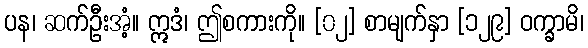
ပန၊ ဆက်ဦးအံ့။ ဣဒံ၊ ဤစကားကို။ [၀၂] စာမျက်နှာ [၁၂၉] ဝက္ခာမိ၊